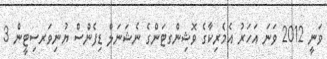
ވަނީ 2012 ވަނަ އަހަރު އެމެރިކާގެ ވޮޝިންގޓަންގެ ނެޝަނަލް ޑިފެންސް ޔުނިވަރސިޓީން 3